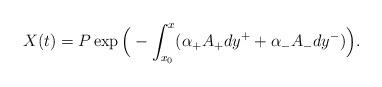
LaTeX: \begin{align*}X(t) = P \exp \Big(- \int_{x_{0}}^x (\alpha_+ A_+ dy^++\alpha_- A_- dy^-) \Big).\end{align*}